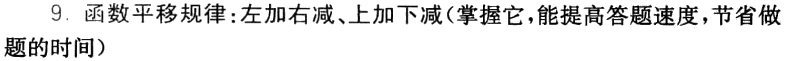
9. 函数平移规律:左加右减、上加下减(掌握它,能提高答题速度,节省做题的时间）